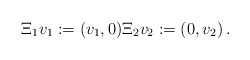
\begin{align*} \Xi_1 v_1 := (v_1,0) \Xi_2 v_2 := (0,v_2)\,.\end{align*}